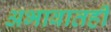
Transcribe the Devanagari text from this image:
अभावातही